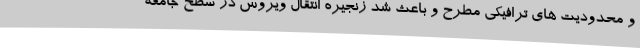
و محدودیت های ترافیکی مطرح و باعث شد زنجیره انتقال ویروس در سطح جامعه